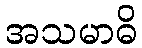
အသမာဓိ